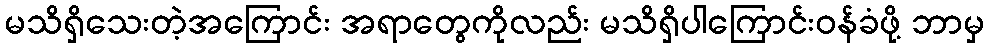
မသိရှိသေးတဲ့အကြောင်း အရာတွေကိုလည်း မသိရှိပါကြောင်းဝန်ခံဖို့ ဘာမှ